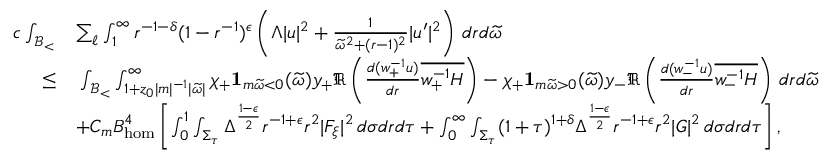
\begin{array} { r l } { c \int _ { { \mathcal { B } _ { < } } } } & { \sum _ { \ell } \int _ { 1 } ^ { \infty } r ^ { - 1 - \delta } ( 1 - r ^ { - 1 } ) ^ { \epsilon } \left( \Lambda | u | ^ { 2 } + \frac { 1 } { \widetilde { \omega } ^ { 2 } + ( r - 1 ) ^ { 2 } } | u ^ { \prime } | ^ { 2 } \right) \, d r d \widetilde { \omega } } \\ { \leq } & { \: \int _ { { \mathcal { B } _ { < } } } \int _ { 1 + z _ { 0 } | m | ^ { - 1 } | \widetilde { \omega } | } ^ { \infty } \chi _ { + } \mathbf { 1 } _ { m \widetilde { \omega } < 0 } ( \widetilde { \omega } ) y _ { + } \Re \left( \frac { d ( \mathfrak { w } _ { + } ^ { - 1 } u ) } { d r } \overline { { \mathfrak { w } _ { + } ^ { - 1 } H } } \right) - \chi _ { + } \mathbf { 1 } _ { m \widetilde { \omega } > 0 } ( \widetilde { \omega } ) y _ { - } \Re \left( \frac { d ( \mathfrak { w } _ { - } ^ { - 1 } u ) } { d r } \overline { { \mathfrak { w } _ { - } ^ { - 1 } H } } \right) \, d r d \widetilde { \omega } } \\ & { + C _ { m } B _ { \mathrm { h o m } } ^ { 4 } \left[ \int _ { 0 } ^ { 1 } \int _ { \Sigma _ { \tau } } \Delta ^ { \frac { 1 - \epsilon } { 2 } } r ^ { - 1 + \epsilon } r ^ { 2 } | F _ { \xi } | ^ { 2 } \, d \sigma d r d \tau + \int _ { 0 } ^ { \infty } \int _ { \Sigma _ { \tau } } ( 1 + \tau ) ^ { 1 + \delta } \Delta ^ { \frac { 1 - \epsilon } { 2 } } r ^ { - 1 + \epsilon } r ^ { 2 } | G | ^ { 2 } \, d \sigma d r d \tau \right] , } \end{array}